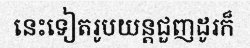
នេះទៀតរូបយន្តជួញដូរក៏